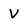
Character: V